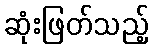
ဆုံးဖြတ်သည့်